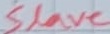
Text: Slave